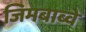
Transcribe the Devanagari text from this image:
जिमबाब्वे